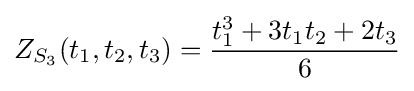
Z_{S_{3}}(t_{1},t_{2},t_{3})={\frac {t_{1}^{3}+3t_{1}t_{2}+2t_{3}}{6}}